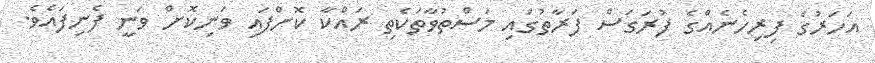
އަހަރުގެ ފިރިހެނެއްގެ ފުރަގަސް ފަރާތުގައި މަސްތުވާތަކެތި ރައްކާ ކޮށްފައި ވަނިކޮށް ވަނީ ފެނިފައެވެ.